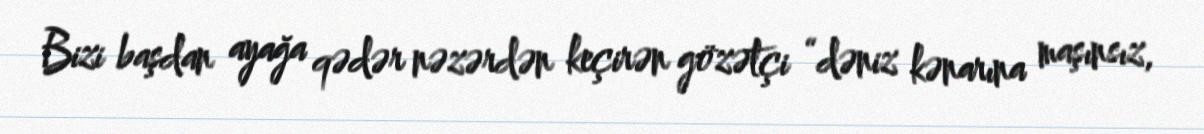
Bizi başdan ayağa qədər nəzərdən keçirən gözətçi “dəniz kənarına maşınsız,